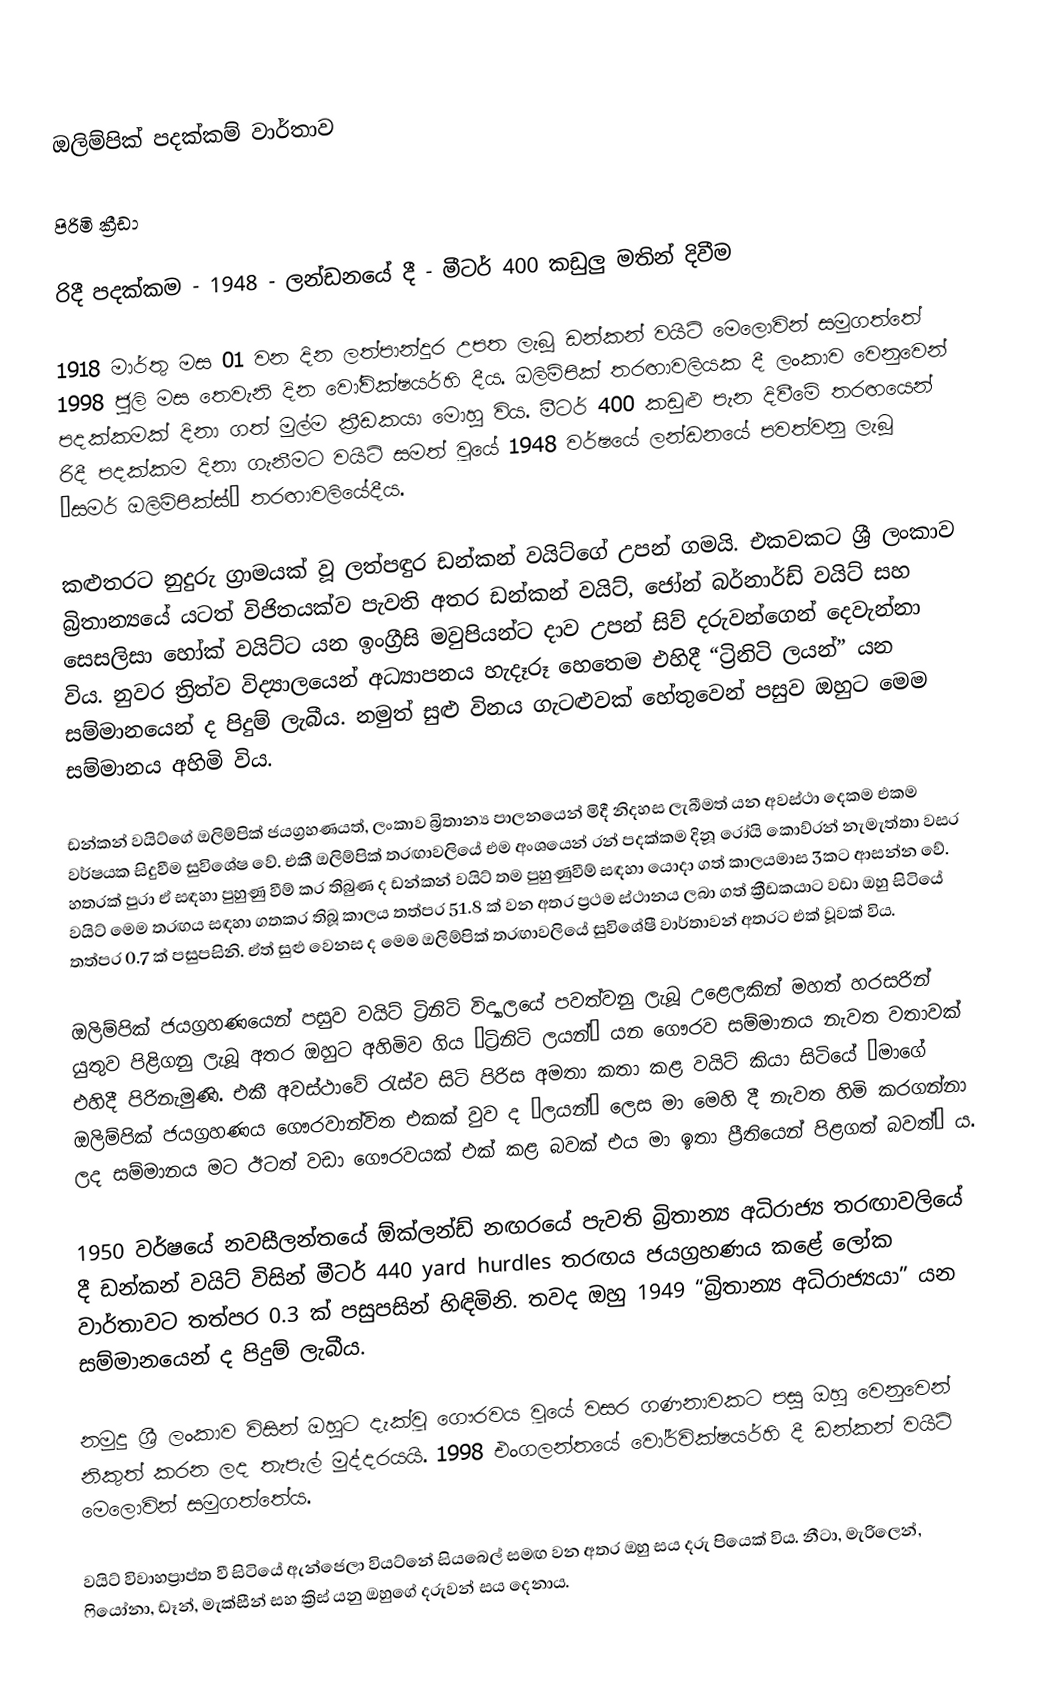
‍

ඔලිම්පික් පදක්කම් වාර්තාව

පිරිමි ක්‍රීඩා

රිදී පදක්කම	-	1948 - ලන්ඩනයේ දී 	-	මීටර් 400 කඩුලු මතින් දිවීම

1918 මාර්තු මස 01 වන දින ලත්පාන්දුර උපත ලැබූ ඩන්කන් වයිට් මෙලොවින් සමුගත්තේ 1998 ජුලි මස තෙවැනි දින වෝවික්ෂයර්හි දීය. ඔලිම්පික් තරඟාවලියක දී ලංකාව වෙනුවෙන් පදක්කමක් දිනා ගත් මුල්ම ක්‍රීඩකයා මොහු විය. මීටර් 400 කඩුළු පැන දිවීමේ තරඟයෙන් රිදී පදක්කම දිනා ගැනීමට වයිට් සමත් වූයේ 1948 වර්ෂයේ ලන්ඩනයේ පවත්වනු ලැබූ “සමර් ඔලිම්පික්ස්” තරඟාවලියේදීය.

කළුතරට නුදුරු ග්‍රාමයක් වූ ලත්පඳුර ඩන්කන් වයිට්ගේ උපන් ගමයි. එකවකට ශ්‍රී ලංකාව බ්‍රිතාන්‍යයේ යටත් විජිතයක්ව පැවති අතර ඩන්කන් වයිට්, ජෝන් බර්නාර්ඩ් වයිට් සහ සෙසලිසා හෝක් වයිට්ට යන ඉංග්‍රීසි මවුපියන්ට දාව උපන් සිව් දරුවන්ගෙන් දෙවැන්නා විය. නුවර ත්‍රිත්ව විද්‍යාලයෙන් අධ්‍යාපනය හැදෑරූ හෙතෙම එහිදී “ට්‍රිනිටි ලයන්” යන සම්මානයෙන් ද පිදුම් ලැබීය. නමුත් සුළු විනය ගැටළුවක් හේතුවෙන් පසුව ඔහුට මෙම සම්මානය අහිමි විය.

ඩන්කන් වයිට්ගේ ඔලිම්පික් ජයග්‍රහණයත්, ලංකාව බ්‍රිතාන්‍ය පාලනයෙන් මිදී නිදහස ලැබීමත් යන අවස්ථා දෙකම එකම වර්ෂයක සිදුවීම සුවිශේෂ වේ. එකී ඔලිම්පික් තරඟාවලියේ එම අංශයෙන් රන් පදක්කම දිනූ රෝයි කොව්රන් නැමැත්තා වසර හතරක් පුරා ඒ සඳහා පුහුණු වීම් කර තිබුණ ද ඩන්කන් වයිට් තම පුහුණුවීම් සඳහා යොදා ගත් කාලයමාස 3කට ආසන්න වේ. වයිට් මෙම තරඟය සඳහා ගතකර තිබූ කාලය තත්පර 51.8 ක් වන අතර ප්‍රථම ස්ථානය ලබා ගත් ක්‍රීඩකයාට වඩා ඔහු සිටියේ තත්පර 0.7 ක් පසුපසිනි. ඒත් සුළු වෙනස ද මෙම ඔලිම්පික් තරඟාවලියේ සුවිශේෂී වාර්තාවන් අතරට එක් වූවක් විය.

ඔලිම්පික් ජයග්‍රහණයෙන් පසුව වයිට් ට්‍රිනිටි විද්‍යාලයේ පවත්වනු ලැබූ උළෙලකින් මහත් හරසරින් යුතුව පිළිගනු ලැබූ අතර ඔහුට අහිමිව ගිය “ට්‍රිනිටි ලයන්” යන ගෞරව සම්මානය නැවත වතාවක් එහිදී පිරිනැමුණි. එකී අවස්ථාවේ රැස්ව සිටි පිරිස අමතා කතා කළ වයිට් කියා සිටියේ “මාගේ ඔලිම්පික් ජයග්‍රහණය ගෞරවාන්විත එකක් වුව ද “ලයන්” ලෙස මා මෙහි දී නැවත හිමි කරගන්නා ලද සම්මානය මට ඊටත් වඩා ගෞරවයක් එක් කළ බවක් එය මා ඉතා ප්‍රීතියෙන් පිළගත් බවත්” ය.

1950 වර්ෂයේ නවසීලන්තයේ ඕක්ලන්ඩ් නඟරයේ පැවති බ්‍රිතාන්‍ය අධිරාජ්‍ය තරඟාවලියේ දී ඩන්කන් වයිට් විසින් මීටර් 440 yard hurdles තරඟය ජයග්‍රහණය කළේ ලෝක වාර්තාවට තත්පර 0.3 ක් පසුපසින් හිඳිමිනි. තවද ඔහු 1949 “බ්‍රිතාන්‍ය අධිරාජ්‍යයා” යන සම්මානයෙන් ද පිදුම් ලැබීය.

නමුදු ශ්‍රී ලංකාව විසින් ඔහුට දැක්වූ ගෞරවය වූයේ වසර ගණනාවකට පසු ඔහු වෙනුවෙන් නිකුත් කරන ලද තැපැල් මුද්දරයයි. 1998 එංගලන්තයේ වෝර්වික්ෂයර්හි දී ඩන්කන් වයිට් මෙලොවින් සමුගත්තේය.

වයිට් විවාහප්‍රාප්ත වී සිටියේ ඇන්ජෙලා වියට්නේ සියබෙල් සමඟ වන අතර ඔහු සය දරු පියෙක් විය. නීටා, මැරිලෙන්, ෆියෝනා, ඩෑන්, මැක්සීන් සහ ක්‍රිස් යනු ඔහුගේ දරුවන් සය  දෙනාය.